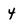
Character: 4